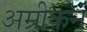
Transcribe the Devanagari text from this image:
अम्रीकन